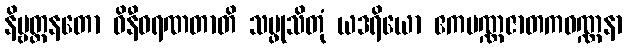
နိဗ္ဗတ္တနတော ဝိနီဝရဏတာတိ သမ္ဖုသိတုံ ယဒရိယော ဧကပဏ္ဏဇာတကဝဏ္ဏနာ